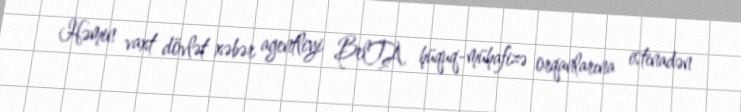
Həmin vaxt dövlət xəbər agentliyi BelTA hüquq-mühafizə orqanlarına istinadən